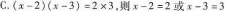
C.$$(x-2)(x-3)=2×3$$，则$$x-2=2$$或$$x-3=3$$